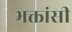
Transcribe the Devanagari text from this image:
भक्तांसी